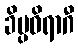
ခိပ္ပဝိရာဂီ